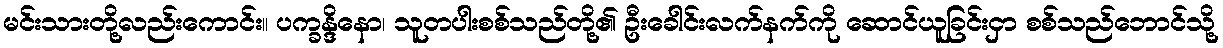
မင်းသားတို့လည်းကောင်း။ ပက္ခန္ဒိနော၊ သူတပါးစစ်သည်တို့၏ ဦးခေါင်းလက်နက်ကို ဆောင်ယူခြင်းငှာ စစ်သည်ဘောင်သို့